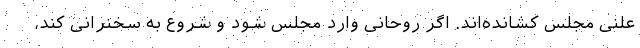
علنی مجلس کشانده‌اند. اگر روحانی وارد مجلس شود و شروع به سخنرانی کند،